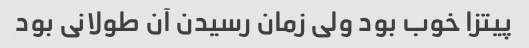
پیتزا خوب بود ولی زمان رسیدن آن طولانی بود